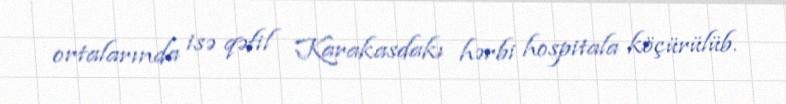
ortalarında isə qəfil Karakasdakı hərbi hospitala köçürülüb.